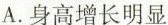
A.身高增长明显